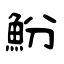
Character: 魵